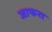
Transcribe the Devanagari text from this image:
जाफरा